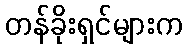
တန်ခိုးရှင်များက